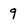
Character: 9